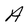
Character: A